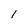
Character: 1